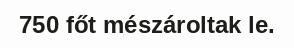
750 főt mészároltak le.